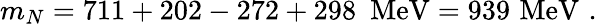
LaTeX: m_{N}=711+202-272+298\, \, \, \mathrm{MeV}=939\, \, \mathrm{MeV}\, \, .